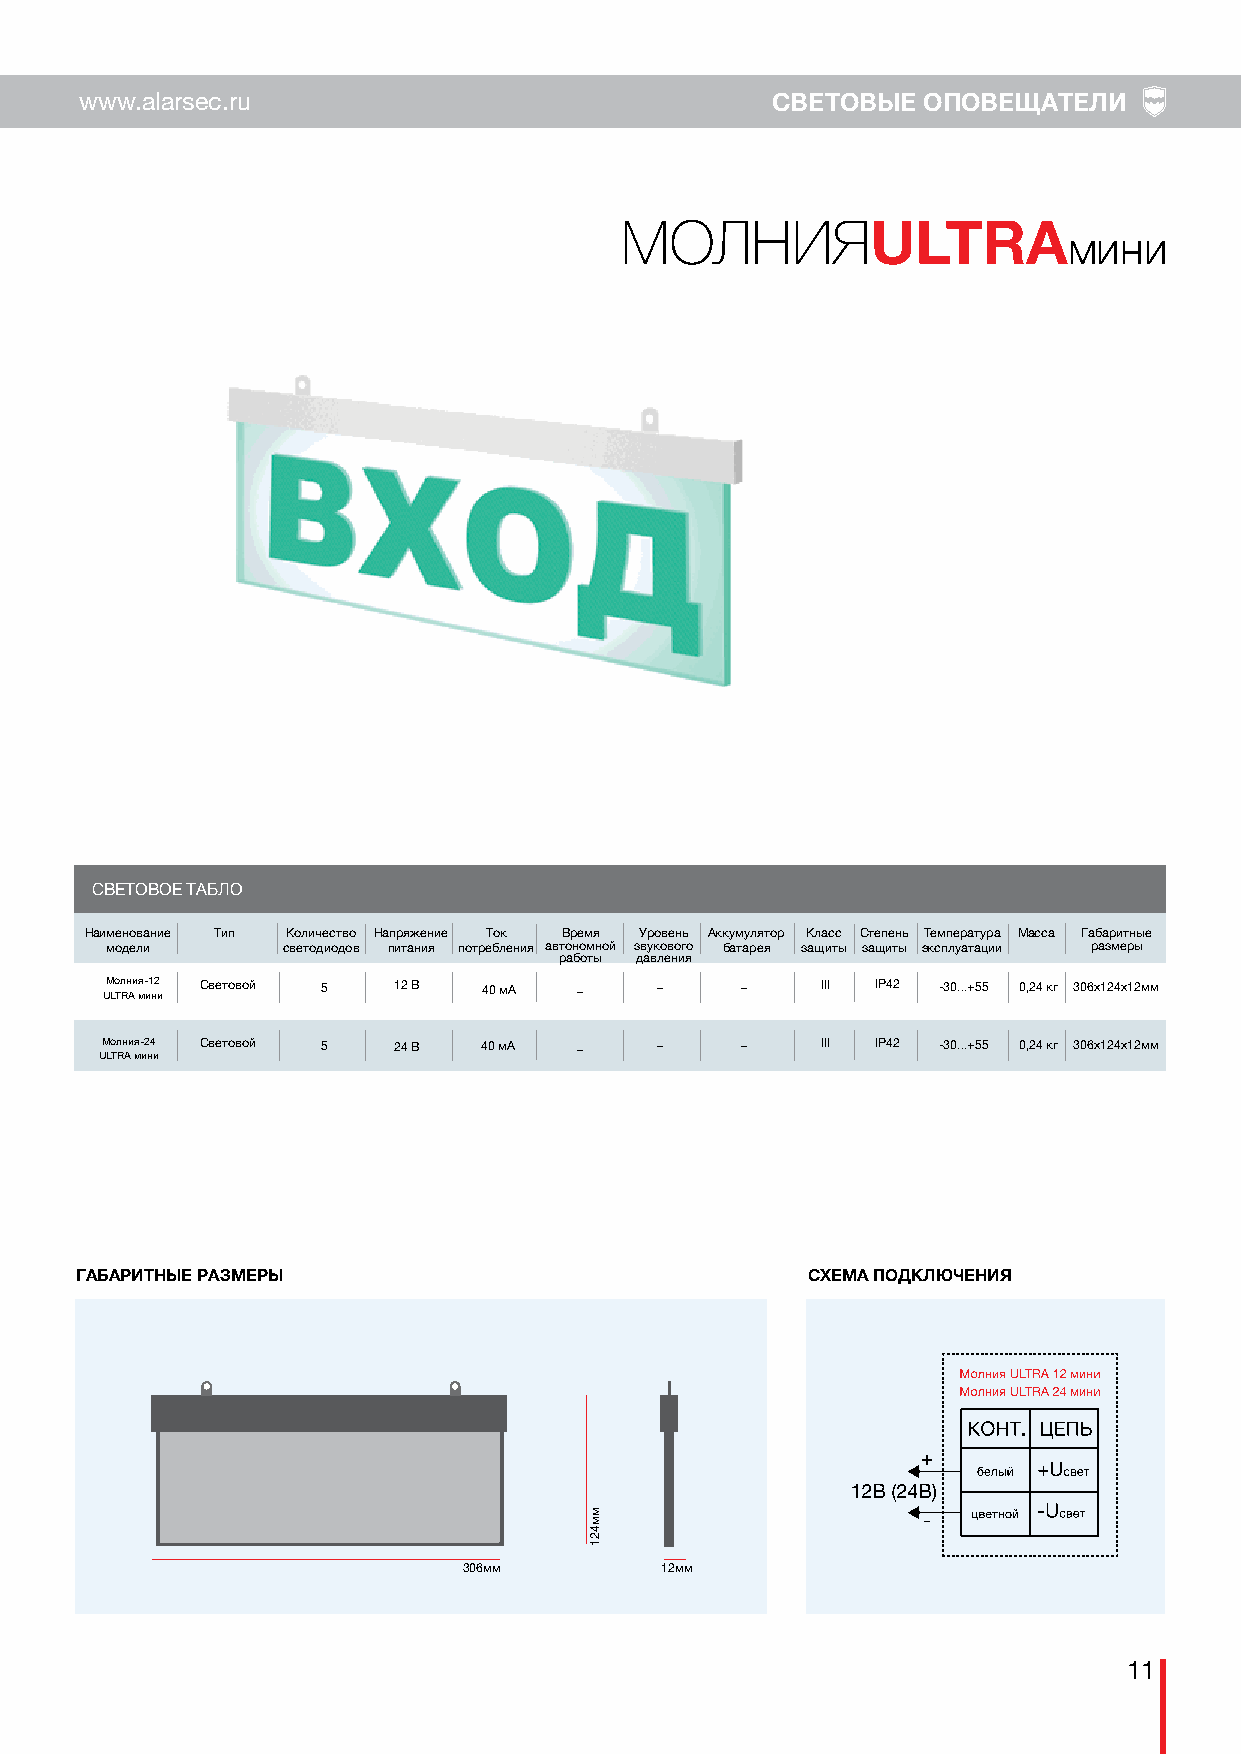
www.alarsec.ru                                СВЕТОВЫЕ  ОПОВЕЩАТЕЛИ
 МОЛНИЯ
 ULTRAмини
 СВЕТОВОЕ ТАБЛО
 Наименование Тип Количество Напряжение Ток Время Уровень Аккумулятор Класс Степень Температура Масса Габаритные
 модели      светодиодов питания потребления автономной звукового батарея защиты защиты эксплуатации размеры
 работы давления
 UМ Lо Tл Rн Aи мя- и1 н2 и Световой 5 12 В 40 мА _ _ _ III IP42 -30...+55 0,24 кг 306х124х12мм
 Молния-24 Световой 5 24 В 40 мА _   _     _    III IP42 -30...+55 0,24 кг 306х124х12мм
 ULTRA мини
 ГАБАРИТНЫЕ РАЗМЕРЫ                              СХЕМА ПОДКЛЮЧЕНИЯ
 +
 -
 306мм        12мм
 11
 мм421